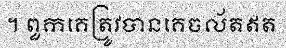
។ ពួកគេត្រូវបានគេចល័តឥត